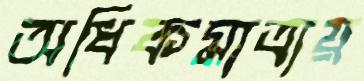
অধিকমাত্রায়